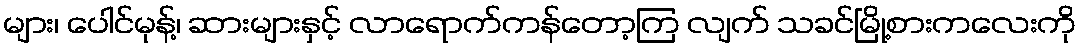
များ၊ ပေါင်မုန့်၊ ဆားများနှင့် လာရောက်ကန်တော့ကြ လျက် သခင်မြို့စားကလေးကို